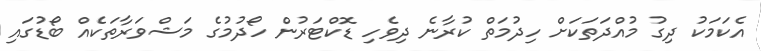
އެކަމަކު ދިގު މުއްދަތަކަށް ހިދުމަތް ކުރާނެ ދިވެހި ޑޮކްޓަރުން ހޯދުމުގެ މަޝްވަރާތަކެއް ބޯޑުގައި